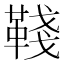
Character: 𩋋